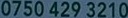
0750 429 3210